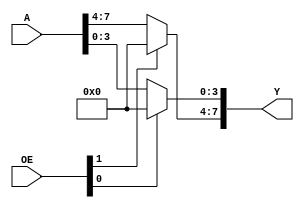


module x74244(

  input [7:0] A,
  input [1:0] OE,
  output [7:0] Y

);

assign Y = {
  OE[1] ? 4'd0 : A[7:4],
  OE[0] ? 4'd0 : A[3:0]
};

endmodule